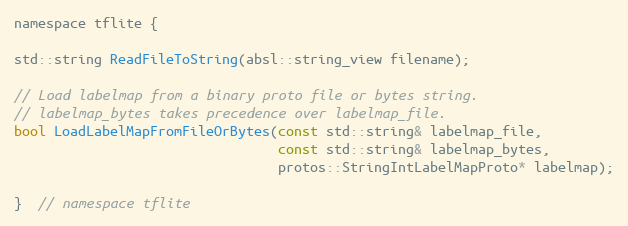
Language: C
namespace tflite {

std::string ReadFileToString(absl::string_view filename);

// Load labelmap from a binary proto file or bytes string.
// labelmap_bytes takes precedence over labelmap_file.
bool LoadLabelMapFromFileOrBytes(const std::string& labelmap_file,
                                 const std::string& labelmap_bytes,
                                 protos::StringIntLabelMapProto* labelmap);

}  // namespace tflite